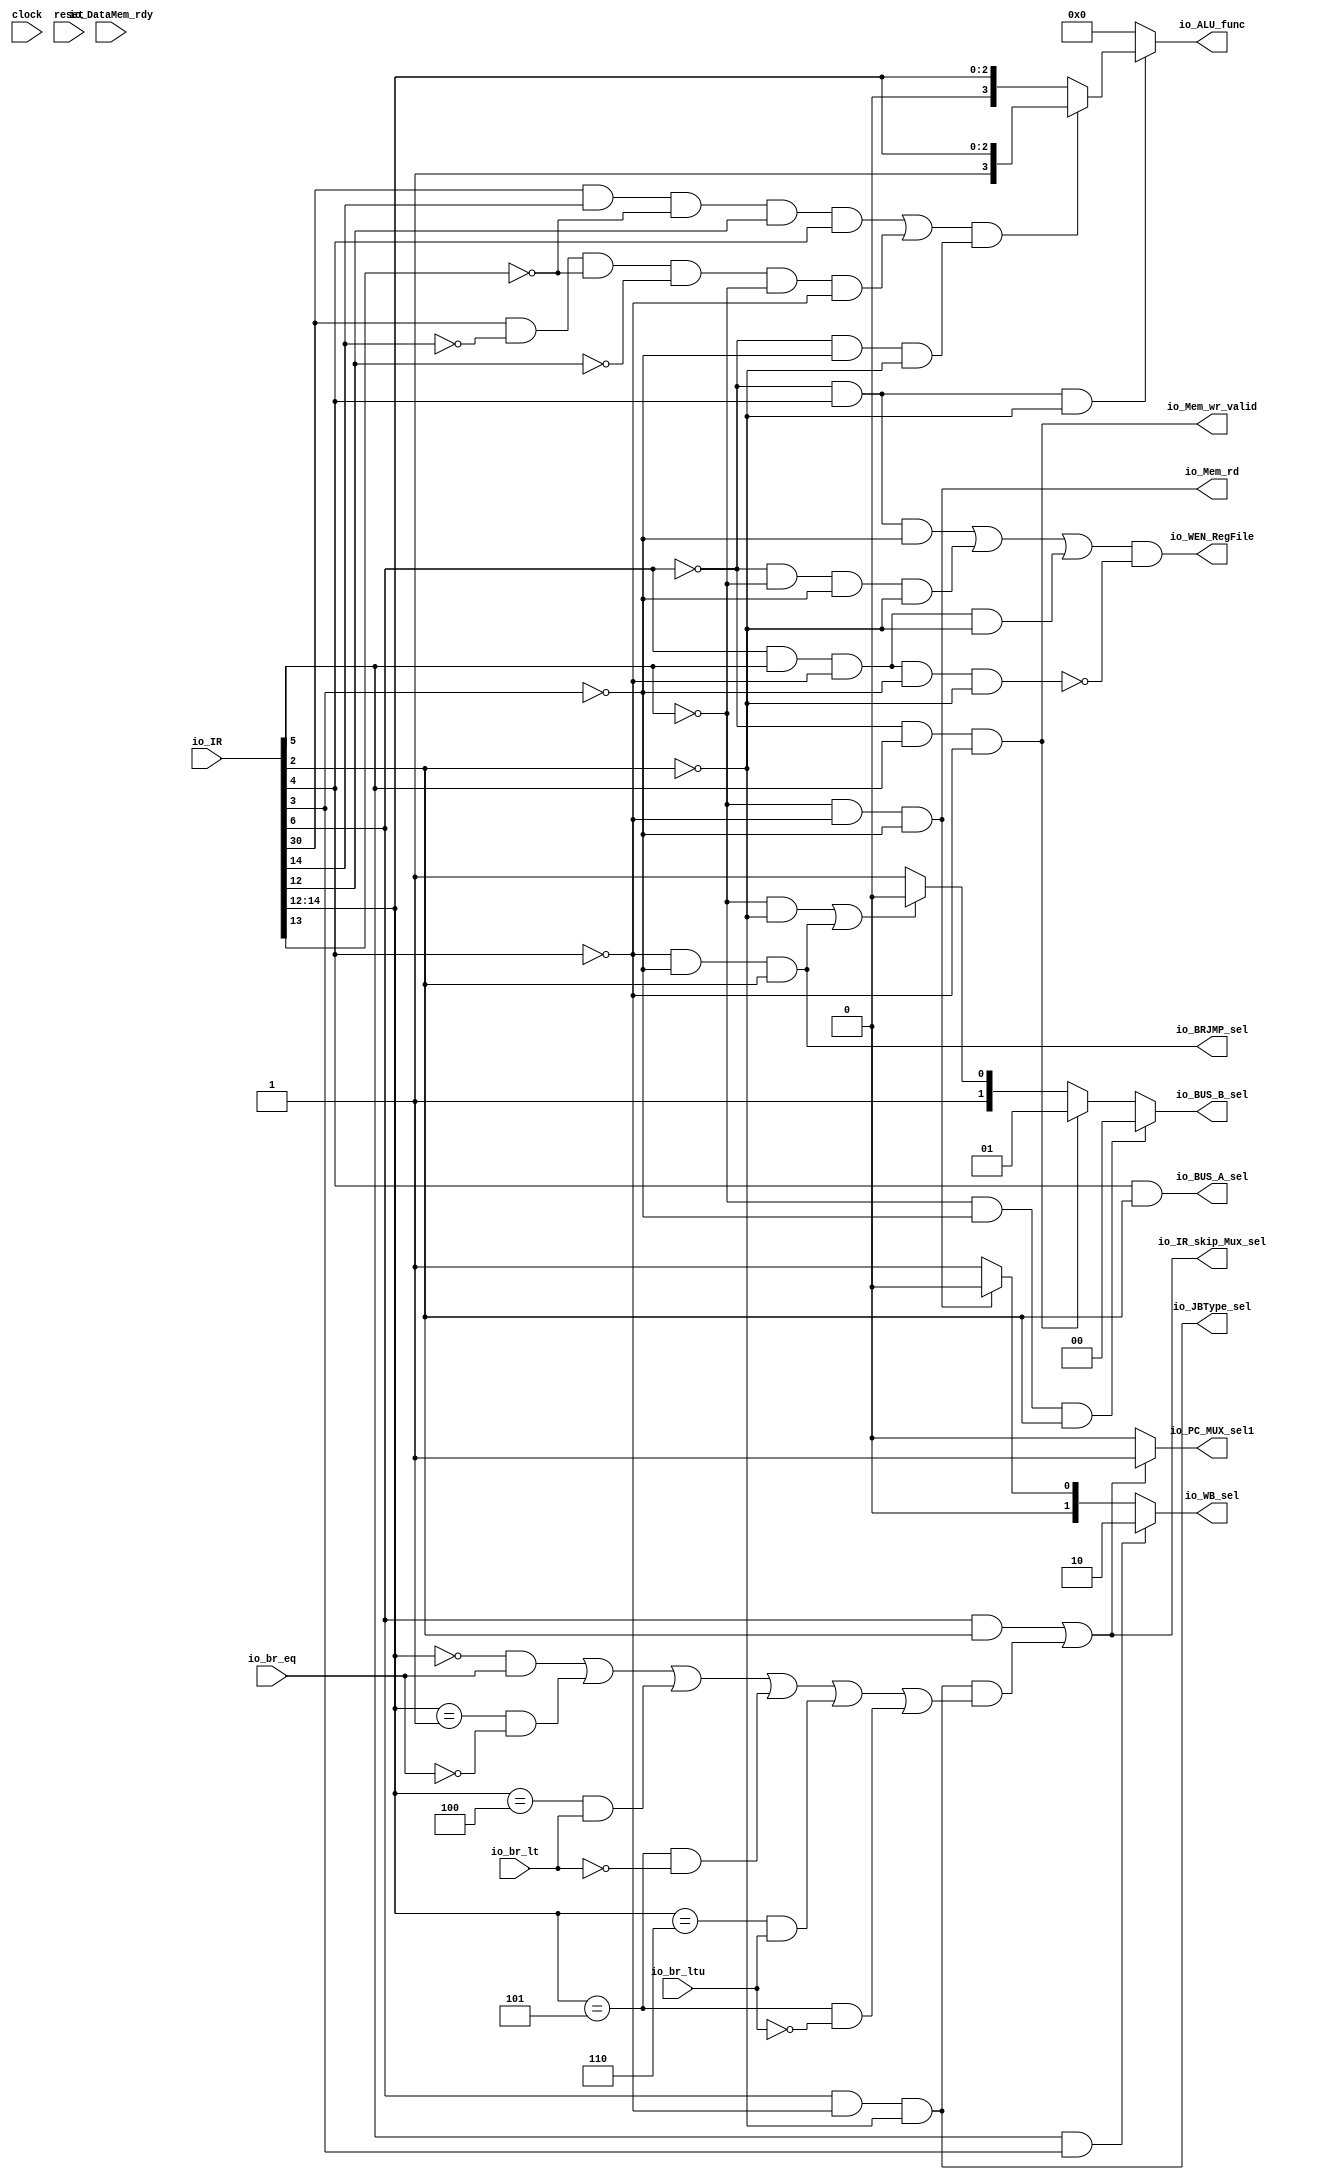
`ifdef RANDOMIZE_GARBAGE_ASSIGN
`define RANDOMIZE
`endif
`ifdef RANDOMIZE_INVALID_ASSIGN
`define RANDOMIZE
`endif
`ifdef RANDOMIZE_REG_INIT
`define RANDOMIZE
`endif
`ifdef RANDOMIZE_MEM_INIT
`define RANDOMIZE
`endif

module Decorder(
  input         clock,
  input         reset,
  input  [31:0] io_IR,
  input         io_br_eq,
  input         io_br_lt,
  input         io_br_ltu,
  input         io_DataMem_rdy,
  output        io_BUS_A_sel,
  output [1:0]  io_BUS_B_sel,
  output [1:0]  io_WB_sel,
  output        io_BRJMP_sel,
  output        io_JBType_sel,
  output        io_PC_MUX_sel1,
  output        io_WEN_RegFile,
  output        io_Mem_rd,
  output        io_Mem_wr_valid,
  output [3:0]  io_ALU_func,
  output        io_IR_skip_Mux_sel
);
  wire  _T_34;
  wire  _T_36;
  wire  _T_37;
  wire  _T_38;
  wire  _T_39;
  wire  _T_42;
  wire  _T_43;
  wire  _T_45;
  wire  _T_46;
  wire  _T_49;
  wire  _T_50;
  wire  _T_52;
  wire  _T_53;
  wire  _T_55;
  wire  i;
  wire  s;
  wire  _T_70;
  wire  pcb;
  wire  u;
  wire  _T_99;
  wire  _T_106;
  wire  mem;
  wire  pcwb;
  wire  _T_119;
  wire  _T_123;
  wire [2:0] func3;
  wire [1:0] _GEN_1;
  wire [1:0] _GEN_2;
  wire [1:0] _GEN_3;
  wire [1:0] _GEN_7;
  wire [1:0] _GEN_8;
  wire  _T_155;
  wire  _T_158;
  wire  _T_159;
  wire  _T_161;
  wire  _T_162;
  wire  _T_163;
  wire  _T_164;
  wire  _T_167;
  wire  _T_168;
  wire  _T_169;
  wire  _T_171;
  wire  _T_172;
  wire  _T_173;
  wire  _T_174;
  wire  _T_177;
  wire  _T_178;
  wire  _T_181;
  wire  _T_182;
  wire  branch;
  wire  jmp_jalr;
  wire  _T_193;
  wire  _T_194;
  wire  _T_197;
  wire  _GEN_14;
  wire  _T_207;
  wire  _T_214;
  wire  _T_218;
  wire  _T_222;
  wire  _T_223;
  wire  _T_226;
  wire  _T_230;
  wire  _T_234;
  wire  _T_235;
  wire  _T_246;
  wire  _T_250;
  wire  _T_252;
  wire  _T_253;
  wire  _T_274;
  wire  _T_275;
  wire  _T_276;
  wire  _T_277;
  wire  _T_279;
  wire  _T_280;
  wire  _T_281;
  wire  _T_282;
  wire  _T_284;
  wire  _T_288;
  wire  _T_289;
  wire  _T_293;
  wire  _T_296;
  wire  _T_297;
  wire  _T_301;
  wire  _T_305;
  wire  _T_306;
  wire  _T_313;
  wire  _T_317;
  wire  ALU_func4_bit;
  wire  _T_326;
  wire [3:0] _T_329;
  wire  _T_331;
  wire [3:0] _T_334;
  wire [3:0] _GEN_16;
  wire  _T_336;
  wire [3:0] _GEN_18;
  wire  _T_339;
  assign io_BUS_A_sel = u;
  assign io_BUS_B_sel = _GEN_3;
  assign io_WB_sel = _GEN_8;
  assign io_BRJMP_sel = _T_55;
  assign io_JBType_sel = _T_123;
  assign io_PC_MUX_sel1 = _GEN_14;
  assign io_WEN_RegFile = _T_253;
  assign io_Mem_rd = mem;
  assign io_Mem_wr_valid = s;
  assign io_ALU_func = _GEN_18;
  assign io_IR_skip_Mux_sel = _T_339;
  assign _T_34 = io_IR[6];
  assign _T_36 = _T_34 == 1'h0;
  assign _T_37 = io_IR[5];
  assign _T_38 = _T_36 & _T_37;
  assign _T_39 = io_IR[4];
  assign _T_42 = _T_37 == 1'h0;
  assign _T_43 = io_IR[2];
  assign _T_45 = _T_43 == 1'h0;
  assign _T_46 = _T_42 & _T_45;
  assign _T_49 = _T_39 == 1'h0;
  assign _T_50 = io_IR[3];
  assign _T_52 = _T_50 == 1'h0;
  assign _T_53 = _T_49 & _T_52;
  assign _T_55 = _T_53 & _T_43;
  assign i = _T_46 | _T_55;
  assign s = _T_38 & _T_49;
  assign _T_70 = _T_42 & _T_52;
  assign pcb = _T_70 & _T_43;
  assign u = _T_39 & _T_43;
  assign _T_99 = _T_36 & _T_39;
  assign _T_106 = _T_42 & _T_49;
  assign mem = _T_106 & _T_52;
  assign pcwb = _T_37 & _T_50;
  assign _T_119 = _T_34 & _T_49;
  assign _T_123 = _T_119 & _T_45;
  assign func3 = io_IR[14:12];
  assign _GEN_1 = i ? 2'h2 : 2'h3;
  assign _GEN_2 = s ? 2'h1 : _GEN_1;
  assign _GEN_3 = pcb ? 2'h0 : _GEN_2;
  assign _GEN_7 = mem ? 2'h0 : 2'h1;
  assign _GEN_8 = pcwb ? 2'h2 : _GEN_7;
  assign _T_155 = func3 == 3'h0;
  assign _T_158 = _T_155 & io_br_eq;
  assign _T_159 = func3 == 3'h1;
  assign _T_161 = io_br_eq == 1'h0;
  assign _T_162 = _T_159 & _T_161;
  assign _T_163 = _T_158 | _T_162;
  assign _T_164 = func3 == 3'h4;
  assign _T_167 = _T_164 & io_br_lt;
  assign _T_168 = _T_163 | _T_167;
  assign _T_169 = func3 == 3'h5;
  assign _T_171 = io_br_lt == 1'h0;
  assign _T_172 = _T_169 & _T_171;
  assign _T_173 = _T_168 | _T_172;
  assign _T_174 = func3 == 3'h6;
  assign _T_177 = _T_174 & io_br_ltu;
  assign _T_178 = _T_173 | _T_177;
  assign _T_181 = io_br_ltu == 1'h0;
  assign _T_182 = _T_169 & _T_181;
  assign branch = _T_178 | _T_182;
  assign jmp_jalr = _T_34 & _T_43;
  assign _T_193 = _T_123 & branch;
  assign _T_194 = jmp_jalr | _T_193;
  assign _T_197 = _T_194 == 1'h0;
  assign _GEN_14 = _T_197 ? 1'h0 : 1'h1;
  assign _T_207 = _T_99 & _T_52;
  assign _T_214 = _T_36 & _T_42;
  assign _T_218 = _T_214 & _T_52;
  assign _T_222 = _T_218 & _T_45;
  assign _T_223 = _T_207 | _T_222;
  assign _T_226 = _T_34 & _T_37;
  assign _T_230 = _T_226 & _T_49;
  assign _T_234 = _T_230 & _T_45;
  assign _T_235 = _T_223 | _T_234;
  assign _T_246 = _T_230 & _T_52;
  assign _T_250 = _T_246 & _T_45;
  assign _T_252 = _T_250 == 1'h0;
  assign _T_253 = _T_235 & _T_252;
  assign _T_274 = io_IR[30];
  assign _T_275 = io_IR[14];
  assign _T_276 = _T_274 & _T_275;
  assign _T_277 = io_IR[13];
  assign _T_279 = _T_277 == 1'h0;
  assign _T_280 = _T_276 & _T_279;
  assign _T_281 = io_IR[12];
  assign _T_282 = _T_280 & _T_281;
  assign _T_284 = _T_282 & _T_39;
  assign _T_288 = _T_275 == 1'h0;
  assign _T_289 = _T_274 & _T_288;
  assign _T_293 = _T_289 & _T_279;
  assign _T_296 = _T_281 == 1'h0;
  assign _T_297 = _T_293 & _T_296;
  assign _T_301 = _T_297 & _T_42;
  assign _T_305 = _T_301 & _T_49;
  assign _T_306 = _T_284 | _T_305;
  assign _T_313 = _T_36 & _T_52;
  assign _T_317 = _T_313 & _T_45;
  assign ALU_func4_bit = _T_306 & _T_317;
  assign _T_326 = _T_99 & _T_45;
  assign _T_329 = {1'h1,func3};
  assign _T_331 = ALU_func4_bit == 1'h0;
  assign _T_334 = {1'h0,func3};
  assign _GEN_16 = _T_331 ? _T_334 : _T_329;
  assign _T_336 = _T_326 == 1'h0;
  assign _GEN_18 = _T_336 ? 4'h0 : _GEN_16;
  assign _T_339 = _T_193 | jmp_jalr;
endmodule